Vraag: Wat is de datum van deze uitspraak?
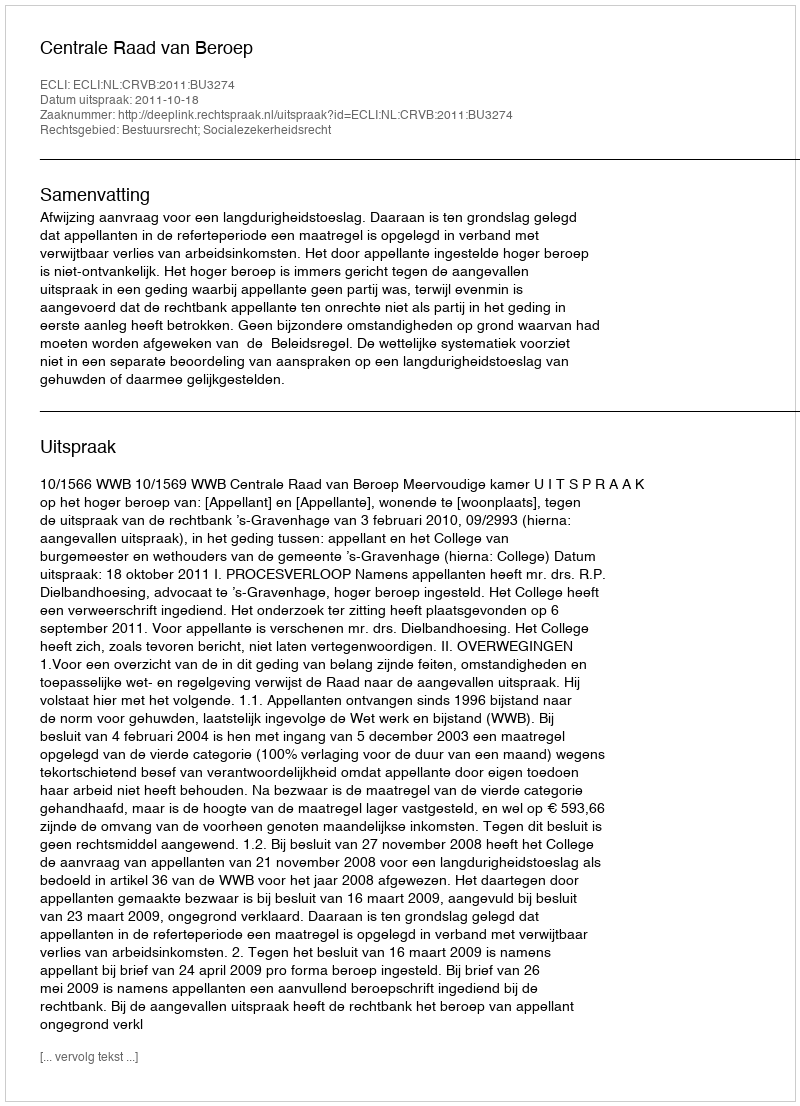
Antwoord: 2011-10-18